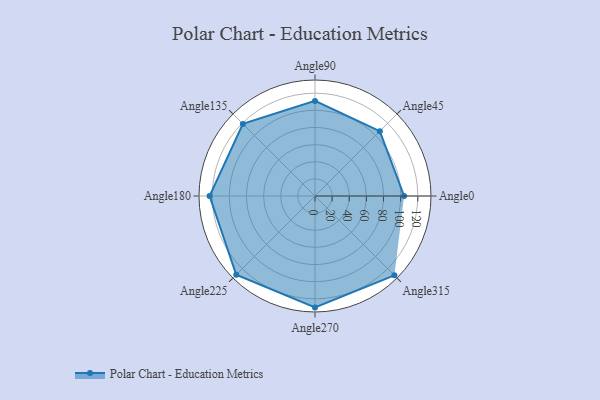
{"axis": {"x": "Angle", "y": "Radius"}, "legend": [""], "data": [{"x": "Angle0", "y": 104.0, "type": ""}, {"x": "Angle45", "y": 107.0, "type": ""}, {"x": "Angle90", "y": 111.0, "type": ""}, {"x": "Angle135", "y": 119.0, "type": ""}, {"x": "Angle180", "y": 123.0, "type": ""}, {"x": "Angle225", "y": 130.0, "type": ""}, {"x": "Angle270", "y": 130.0, "type": ""}, {"x": "Angle315", "y": 131.0, "type": ""}]}